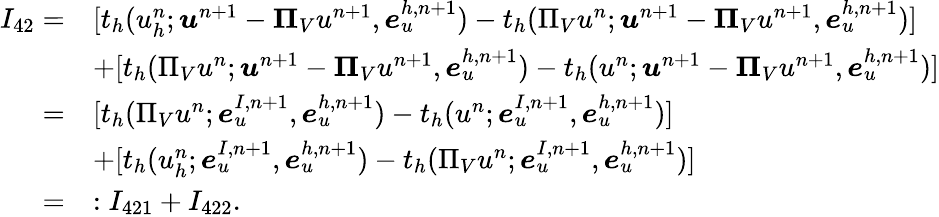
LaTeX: \begin{array}{rl}{I_{42}=}&{[t_{h}(u_{h}^{n};\boldsymbol{u}^{n+1}-\boldsymbol{\Pi}_{V}u^{n+1},\boldsymbol{e}_{u}^{h,n+1})-t_{h}(\Pi_{V}u^{n};\boldsymbol{u}^{n+1}-\boldsymbol{\Pi}_{V}u^{n+1},\boldsymbol{e}_{u}^{h,n+1})]}\\ &{+[t_{h}(\Pi_{V}u^{n};\boldsymbol{u}^{n+1}-\boldsymbol{\Pi}_{V}u^{n+1},\boldsymbol{e}_{u}^{h,n+1})-t_{h}(u^{n};\boldsymbol{u}^{n+1}-\boldsymbol{\Pi}_{V}u^{n+1},\boldsymbol{e}_{u}^{h,n+1})]}\\ {=}&{[t_{h}(\Pi_{V}u^{n};\boldsymbol{e}_{u}^{I,n+1},\boldsymbol{e}_{u}^{h,n+1})-t_{h}(u^{n};\boldsymbol{e}_{u}^{I,n+1},\boldsymbol{e}_{u}^{h,n+1})]}\\ &{+[t_{h}(u_{h}^{n};\boldsymbol{e}_{u}^{I,n+1},\boldsymbol{e}_{u}^{h,n+1})-t_{h}(\Pi_{V}u^{n};\boldsymbol{e}_{u}^{I,n+1},\boldsymbol{e}_{u}^{h,n+1})]}\\ {=}&{:I_{421}+I_{422}.}\end{array}